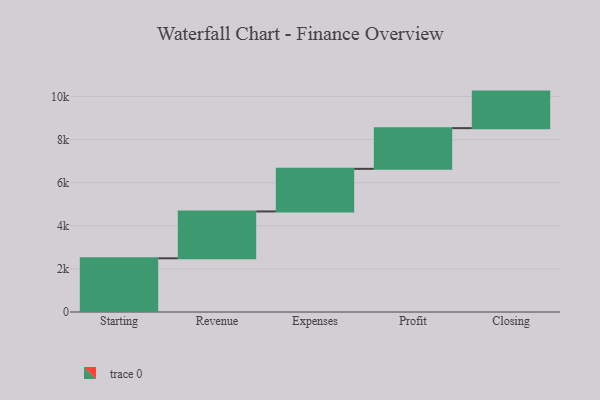
{"axis": {"x": "Step", "y": "Value"}, "legend": [""], "data": [{"x": "Starting", "y": 2492.0, "type": ""}, {"x": "Revenue", "y": 2174.0, "type": ""}, {"x": "Expenses", "y": 1977.0, "type": ""}, {"x": "Profit", "y": 1890.0, "type": ""}, {"x": "Closing", "y": 1695.0, "type": ""}]}